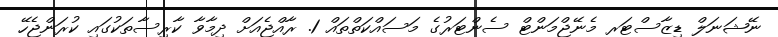
ނޭޝަނަލް ޑިޒާސްޓަރ މެނޭޖްމަންޓް ސެންޓަރުގެ މަސައްކަތްތައް 1. ރާއްޖެއަށް ދިމާވާ ކާރިސާތަކުގައި ކުރަންޖެހޭ